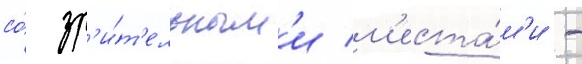
со́ зр'и́т'ельным'и м'еста́м'и -